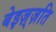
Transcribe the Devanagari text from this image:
बेइज़्ज़ति